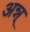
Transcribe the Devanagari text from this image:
अन्न्